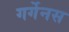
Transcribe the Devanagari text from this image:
गर्गेनस